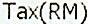
TAX(RM)